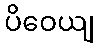
ပိဝေယျ